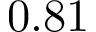
0 . 8 1